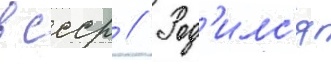
в ссср // Род'илс'я